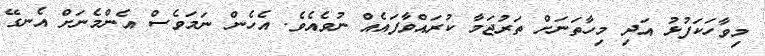
މިވާހަކަފުޅު އަދި މިހާތަނަށް ތަރުޖަމާ ކުރައްވާފައެއް ނުވެއެވެ. އެހެން ނަމަވެސް އެންމެނަށް އެނގޭ